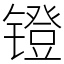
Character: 镫